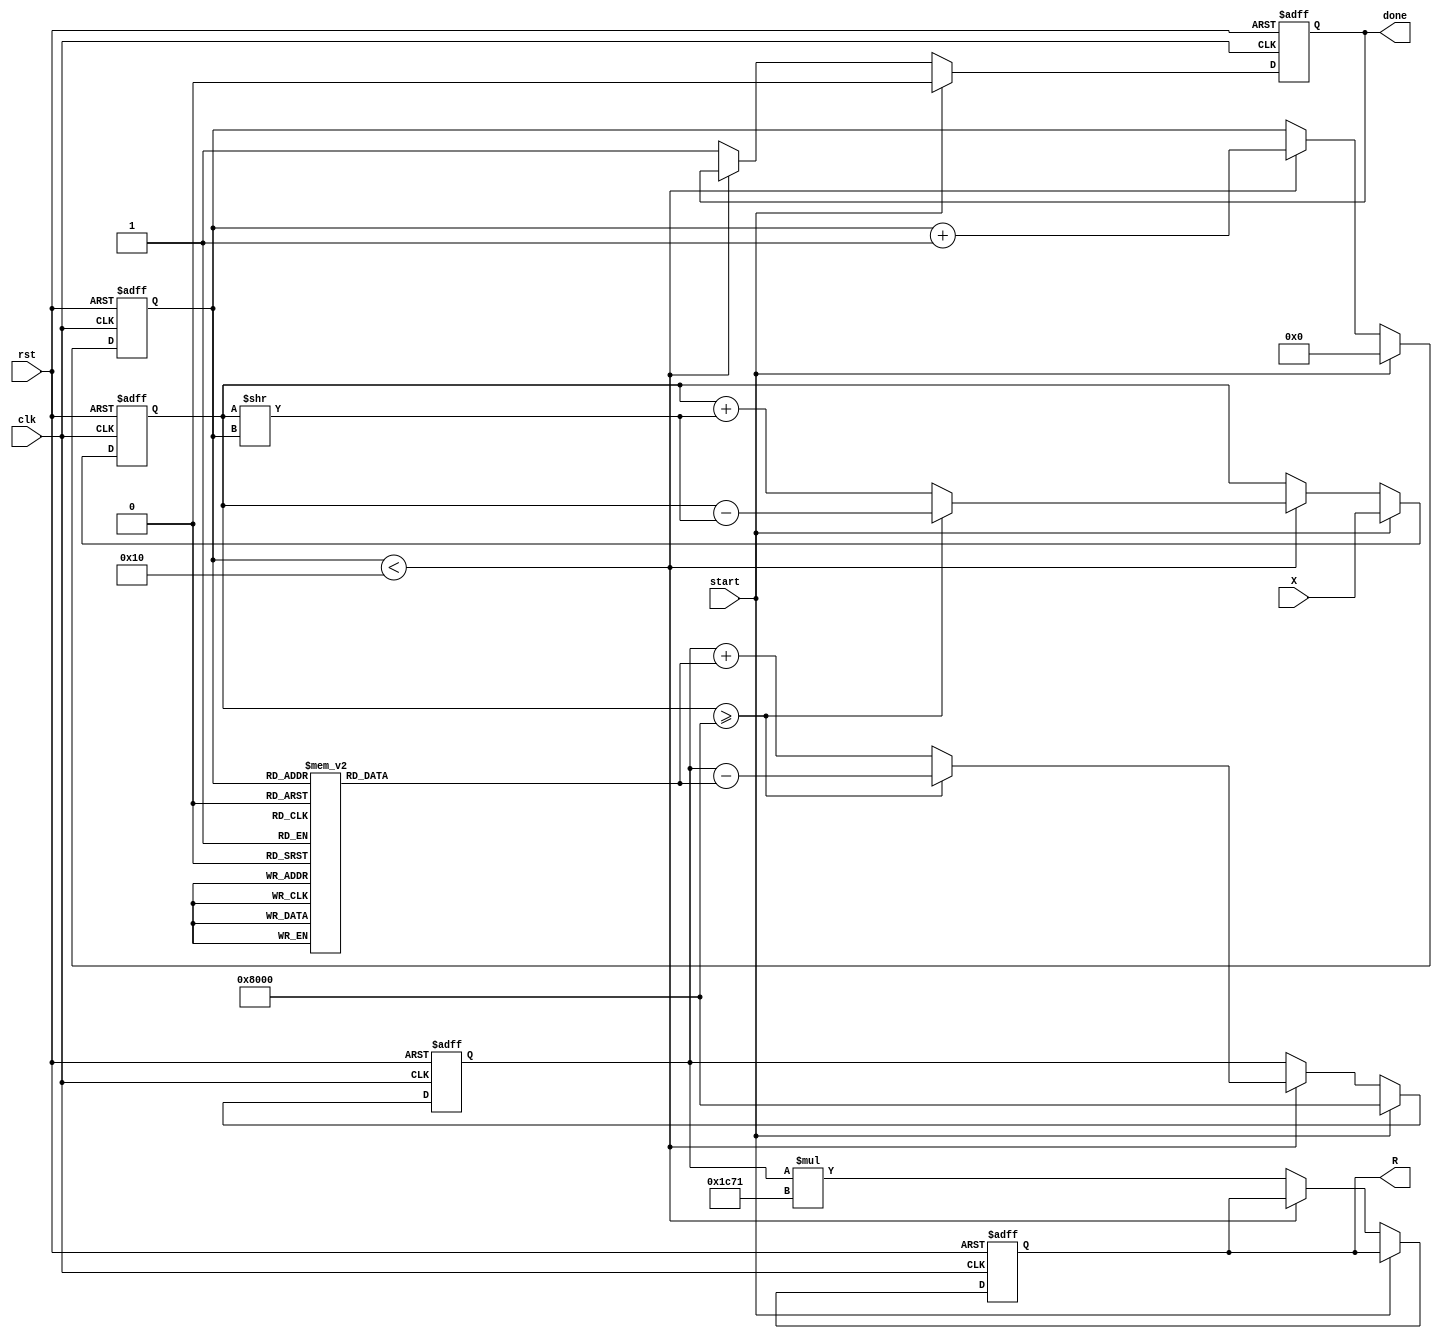
module cordic_reciprocal #(
    parameter N = 16,  // Width of input X
    parameter M = 16,  // Width of output R
    parameter ITERATIONS = 16 // Number of CORDIC iterations
)(
    input wire clk,
    input wire rst,
    input wire start,
    input wire [N-1:0] X,
    output reg [M-1:0] R,
    output reg done
);

    reg [N-1:0] x_curr;    // Current value of X
    reg [M-1:0] z_curr;    // Current estimate of reciprocal
    reg [3:0] iter;        // Iteration counter
    reg [M-1:0] scaling_factor; // Scaling factor for output

    // CORDIC angle table (in fixed-point representation)
    reg [M-1:0] cordic_angles [0:ITERATIONS-1];
    initial begin
        // Initialize CORDIC angles (in radians, scaled)
        // This is an example; actual values should be calculated based on angles
        cordic_angles[0] = 16'h1C71; // atan(2^-0)
        cordic_angles[1] = 16'h1B71; // atan(2^-1)
        cordic_angles[2] = 16'h1A71; // atan(2^-2)
        // ... continue initializing for other angles
        // Ensure that these angles are normalized for the fixed-point representation
    end

    // Scaling factor initialization
    initial begin
        scaling_factor = 16'h1C71; // Example scaling factor based on iterations
    end

    // Sequential logic for CORDIC operations
    always @(posedge clk or posedge rst) begin
        if (rst) begin
            R <= 0;
            done <= 0;
            x_curr <= 0;
            z_curr <= 0;
            iter <= 0;
        end else if (start) begin
            // Initialization
            x_curr <= X;
            z_curr <= (1 << (M - 1)); // Initial estimate (1.0 in fixed point)
            iter <= 0;
            done <= 0;
        end else if (iter < ITERATIONS) begin
            // CORDIC iteration
            if (x_curr >= (1 << (N-1))) begin
                // Vectoring mode: adjust z_curr
                z_curr <= z_curr - cordic_angles[iter]; // Rotate
                x_curr <= x_curr - (x_curr >> iter);
            end else begin
                // Adjust z_curr
                z_curr <= z_curr + cordic_angles[iter]; // Rotate
                x_curr <= x_curr + (x_curr >> iter);
            end
            iter <= iter + 1;
        end else begin
            // Final scaling and output
            R <= z_curr * scaling_factor; // Scale the result
            done <= 1; // Signal completion
        end
    end

endmodule